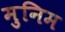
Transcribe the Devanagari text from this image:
मुनिम